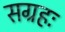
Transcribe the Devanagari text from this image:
सग्रहः